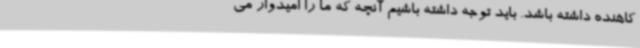
کاهنده داشته باشد. باید توجه داشته باشیم آنچه که ما را امیدوار می